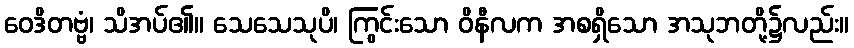
ဝေဒိတဗ္ဗံ၊ သိအပ်၏။ သေသေသုပိ၊ ကြွင်းသော ဝိနီလက အစရှိသော အသုဘတို့၌လည်း။